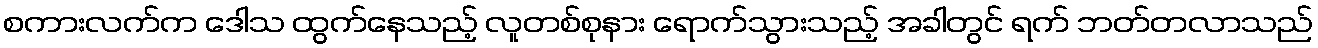
စကားလက်က ဒေါသ ထွက်နေသည့် လူတစ်စုနား ရောက်သွားသည့် အခါတွင် ရက် ဘတ်တလာသည်